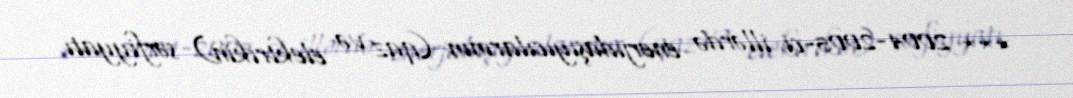
*** 2004-2005-ci illərdə enerjidaşıyıcılarının (qaz və elektrikin) sərfiyyatı